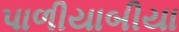
પાળીયાબીયા